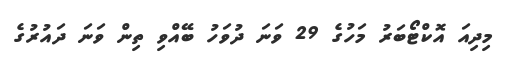
މިދިއަ އޮކްޓޯބަރު މަހުގެ 29 ވަނަ ދުވަހު ބޭއްވި ތިން ވަނަ ދައުރުގެ